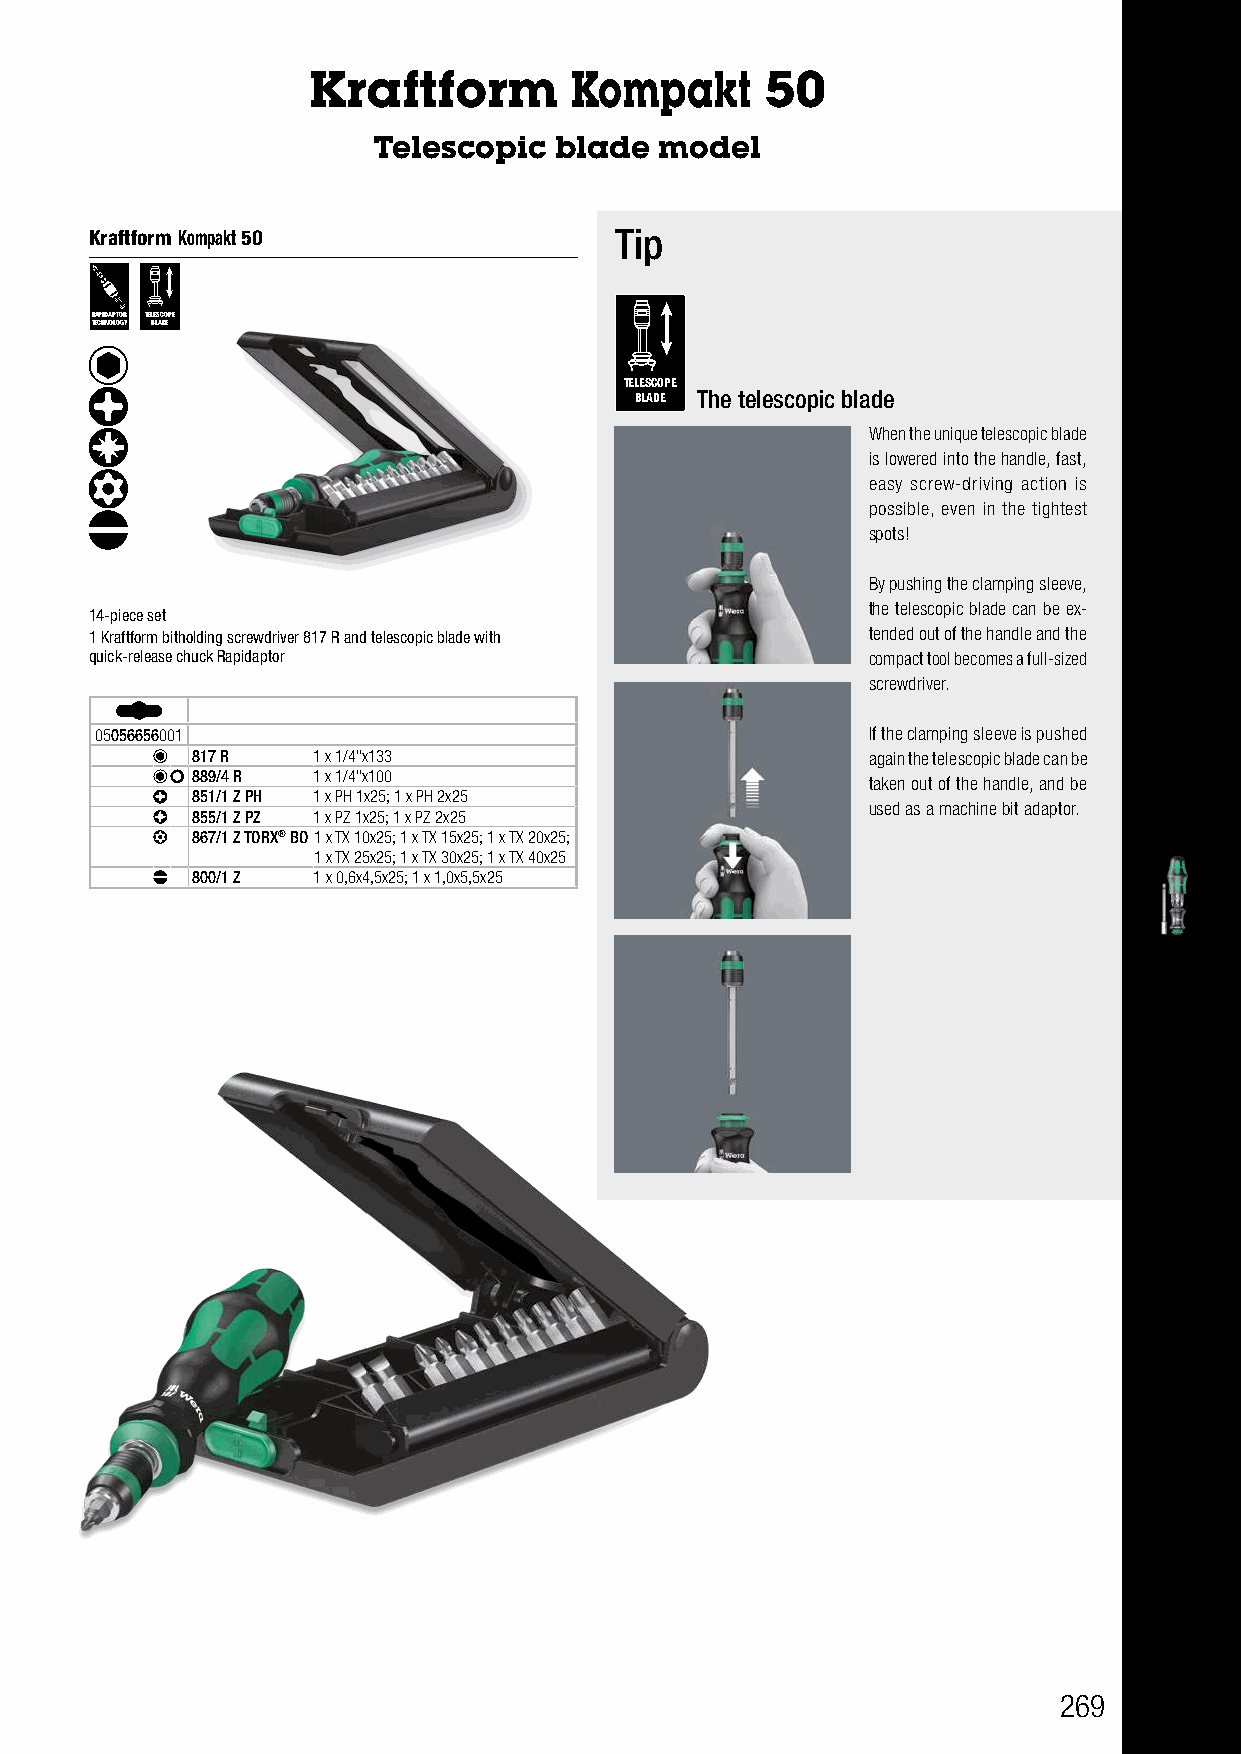
Kraftform Kompakt 40 and 41 Kraftform Kompakt      50
 Bits of 89 mm in length  Telescopic  blade  model
 Kraftform Kompakt 50               Tip
 RAPIDAPTOR TELESCOPE
 TECHNOLOGY BLADE
 TELESCOPE
 BLADE The telescopic blade
 When the unique telescopic blade
 is lowered into the handle, fast,
 easy screw-driving action is
 possible, even in the tightest
 spots!
 By pushing the clamping sleeve,
 the telescopic blade can be ex-
 14-piece set
 1 Kraftform bitholding screwdriver 817 R and telescopic blade with tended out of the handle and the
 quick-release chuck Rapidaptor                     compact tool becomes a full-sized
 screwdriver.
 05056656001                                        If the clamping sleeve is pushed
 817 R   1 x 1/4"x133                        again the telescopic blade can be
 889/4 R 1 x 1/4"x100
 taken out of the handle, and be
 851/1 Z PH 1 x PH 1x25; 1 x PH 2x25
 used as a machine bit adaptor.
 855/1 Z PZ 1 x PZ 1x25; 1 x PZ 2x25
 867/1 Z TORX® BO1 x TX 10x25; 1 x TX 15x25; 1 x TX 20x25;
 1 x TX 25x25; 1 x TX 30x25; 1 x TX 40x25
 800/1 Z 1 x 0,6x4,5x25; 1 x 1,0x5,5x25
 269